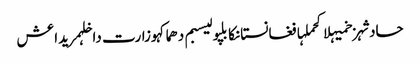
حادثہزخمیہلاکحملہافغانستانکابلپولیسبم دھماکہوزارت داخلہمریداعش